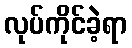
လုပ်ကိုင်ခဲ့ရာ